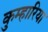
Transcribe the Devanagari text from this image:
कुम्हारिया